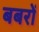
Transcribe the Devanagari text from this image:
बबरों